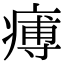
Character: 𤸵